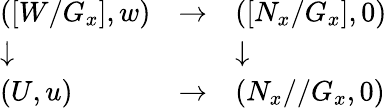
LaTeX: \begin{array}{lll}{([W/G_{x}],w)}&{\to}&{([N_{x}/G_{x}],0)}\\ {\downarrow}&{}&{\downarrow}\\ {(U,u)}&{\to}&{(N_{x}//G_{x},0)}\end{array}